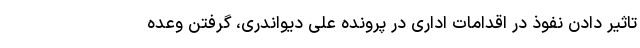
تاثیر دادن نفوذ در اقدامات اداری در پرونده علی دیواندری، گرفتن وعده